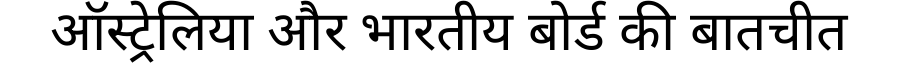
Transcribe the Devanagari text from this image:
ऑस्ट्रेलिया और भारतीय बोर्ड की बातचीत